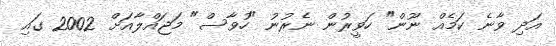
އަދި ވާނެ ކަމެއް ނޫން" ހަވީރުން ނެރުނު "ހުވާސް" މަޖައްލާއަށް 2002 ގައި